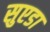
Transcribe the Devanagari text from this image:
सुएडा